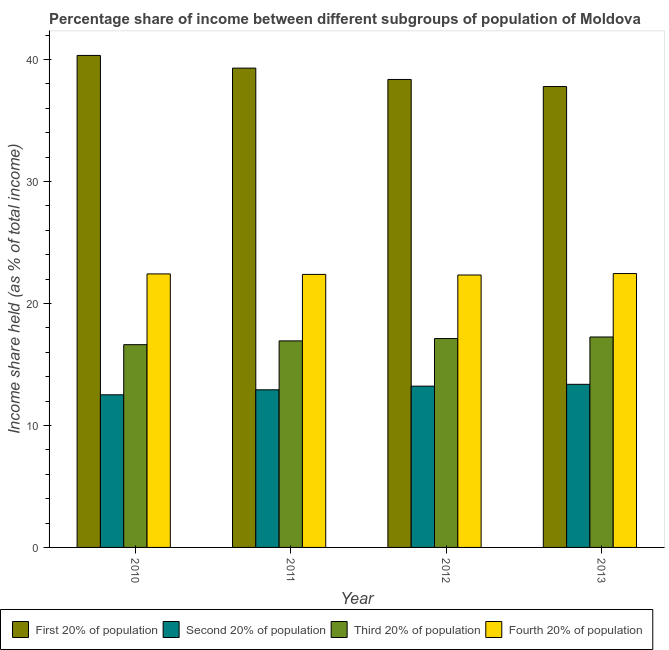
| Year | First 20% of population | Second 20% of population | Third 20% of population | Fourth 20% of population |
 | --- | --- | --- | --- | --- |
 | 2010 | 40.3 | 12.5 | 16.6 | 22.4 |
 | 2011 | 39.3 | 12.9 | 16.9 | 22.4 |
 | 2012 | 38.4 | 13.2 | 17.1 | 22.3 |
 | 2013 | 37.8 | 13.4 | 17.2 | 22.4 |